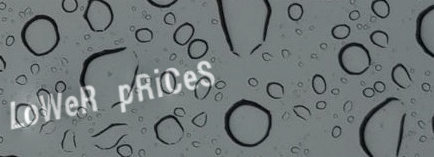
LoWeR pRiCeS